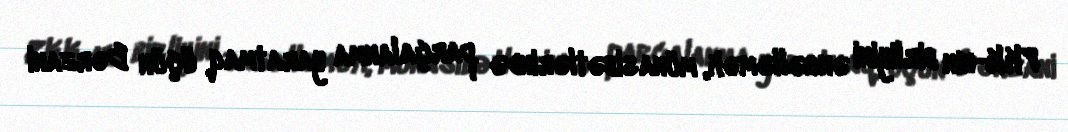
PKK-nın birliyini əngəlləmək, münasibətlərində parçalanma yaratmaq üçün Bərzani